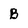
Character: B